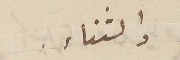
والثناء.